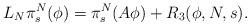
LaTeX: \begin{align*} L_N\pi_{s}^N(\phi) = \pi_{ s}^N( A\phi)+ R_3(\phi, N, s).\end{align*}